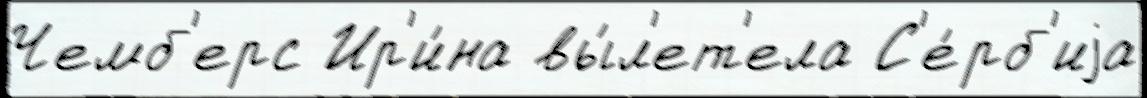
Чемб'ерс Ир'и́на вы́л'ет'ела С'е́рб'иjа